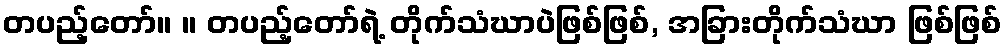
တပည့်တော်။ ။ တပည့်တော်ရဲ့ တိုက်သံဃာပဲဖြစ်ဖြစ်, အခြားတိုက်သံဃာ ဖြစ်ဖြစ်